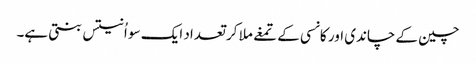
چین کے چاندی اور کانسی کے تمغے ملا کر تعداد ایک سو اُنتیس بنتی ہے۔